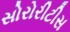
સોરોરીટીસ